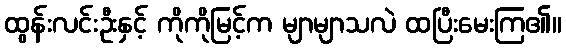
ထွန်းလင်းဦးနှင့် ကိုကိုမြင့်က မျာမျာသလဲ ထပြီးမေးကြ၏။